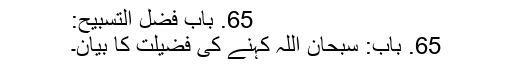
65. بَابُ فَضْلِ التَّسْبِيحِ:
65. باب: سبحان اللہ کہنے کی فضیلت کا بیان۔